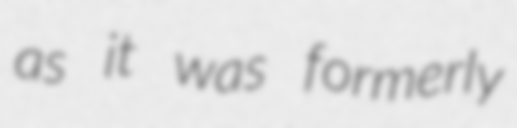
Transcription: as it was formerly